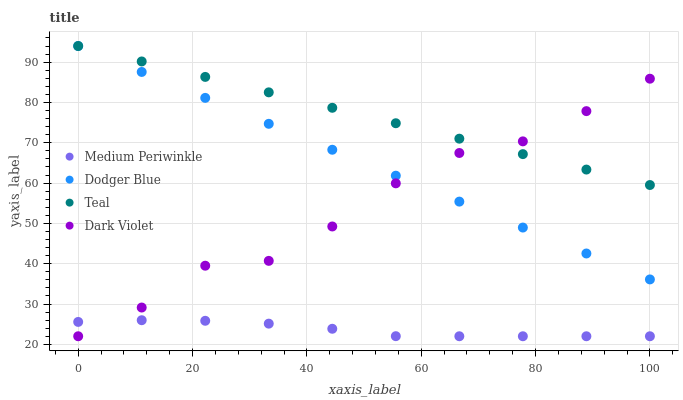
| xaxis_label | Medium Periwinkle | Dodger Blue | Teal | Dark Violet |
 | --- | --- | --- | --- | --- |
 | 0 | 25.6 | 94 | 94 | 22 |
 | 11.1 | 26 | 87.6 | 90.2 | 29.1 |
 | 22.2 | 25.8 | 81.1 | 86.3 | 39.5 |
 | 33.3 | 25.1 | 74.7 | 82.5 | 40.7 |
 | 44.4 | 23.9 | 68.3 | 78.7 | 49.2 |
 | 55.6 | 22 | 61.8 | 74.8 | 59.9 |
 | 66.7 | 22 | 55.4 | 71 | 67.5 |
 | 77.8 | 22 | 49 | 67.2 | 70.3 |
 | 88.9 | 22 | 42.5 | 63.3 | 77.8 |
 | 100 | 22 | 36.1 | 59.5 | 85.9 |